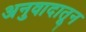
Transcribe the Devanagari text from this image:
अनुवादातून